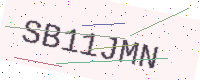
Text: SB11JMN